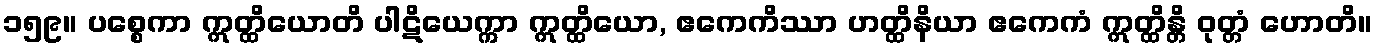
၁၅၉။ ပစ္စေကာ ဣတ္ထိယောတိ ပါဋိယေက္ကာ ဣတ္ထိယော, ဧကေကိဿာ ဟတ္ထိနိယာ ဧကေကံ ဣတ္ထိန္တိ ဝုတ္တံ ဟောတိ။